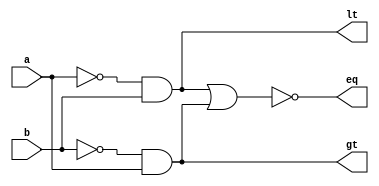
`timescale 1ns / 1ps

module comp_1bit(//comparator module for 1bit numbers which tells which is greater or if they are equal using gate logic
    input wire a,
    input wire b,
    output wire eq,
    output wire gt,
    output wire lt
    );
    
wire abar, bbar;

assign abar = ~a;
assign bbar = ~b;

assign lt = abar &b;
assign gt = bbar & a;

assign eq = ~(lt|gt);


endmodule